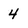
Character: 4